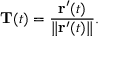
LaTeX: \mathbf { T } ( t ) = { \frac { \mathbf { r } ^ { \prime } ( t ) } { \| \mathbf { r } ^ { \prime } ( t ) \| } } .